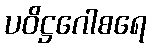
ပဝိဋ္ဌဂေါစရေ